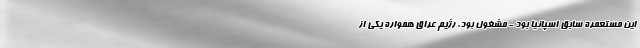
این مستعمره سابق اسپانیا بود - مشغول بود. رژیم عراق همواره یکی از